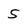
Character: 5